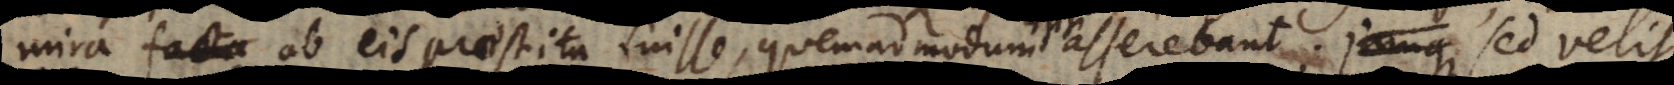
mira ab eis praestita fuisse, quemadmodum asserebant; sed velit